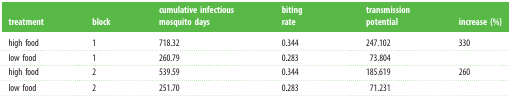
| treatment | block | cumulative infectious mosquito days | biting rate | transmission potential | increase (%) |
 | --- | --- | --- | --- | --- | --- |
 | high food | 1 | 718.32 | 0.344 | 247.102 | 330 |
 | low food | 1 | 260.79 | 0.283 | 73.804 |  |
 | high food | 2 | 539.59 | 0.344 | 185.619 | 260 |
 | low food | 2 | 251.70 | 0.283 | 71.231 |  |